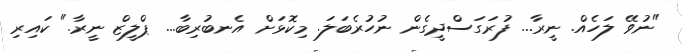
"ނުވޭ ލަހެއް. ނީރާ... ފުރަގަސްދީގެން ނުހުރެބަލަ. މިކޮޅަށް އެނބުރިބާ... ޕްލީޒް ނީރާ." ކައިރި